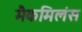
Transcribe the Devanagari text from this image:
मैकमिलंस